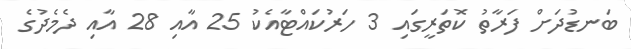
ބަނޑުދަށް ފަރާތު ކޮތަރީގައި 3 ހަރުކައްޓާއެކު 25 އާއި 28 އާއި ދެމެދުގެ